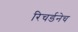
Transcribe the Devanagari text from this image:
रिचर्डनेच